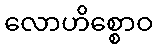
လောဟိစ္စောဝ